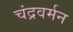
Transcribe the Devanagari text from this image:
चंद्रवर्मन